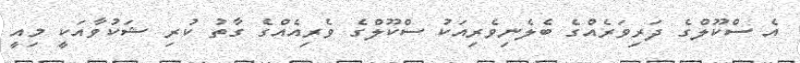
އެ ސްކޫލްގެ ދަރިވަރެއްގެ ބެލެނިވެރިއަކު ސްކޫލްގެ ވެރިއެއްގެ ގާތު ކުރި ޝަކުވާއަކީ މިއީ